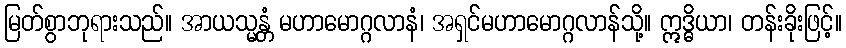
မြတ်စွာဘုရားသည်။ အာယသ္မန္တံ မဟာမောဂ္ဂလာနံ၊ အရှင်မဟာမောဂ္ဂလာန်သို့။ ဣဒ္ဓိယာ၊ တန်းခိုးဖြင့်။